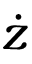
\dot { z }